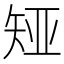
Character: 𪿊